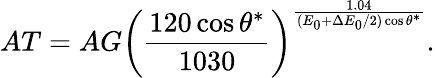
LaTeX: AT=AG\left(\frac{120\cos\theta^{*}}{1030}\right)^{\frac{1.04}{(E_{0}+\Delta E_{0}/2)\cos\theta^{*}}}.